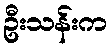
ဦးသန်းက